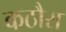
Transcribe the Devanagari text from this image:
कठौरा